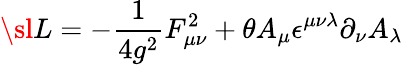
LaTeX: {\sl L}=-\frac{1}{4g^{2}}F_{\mu\nu}^{2}+\theta A_{\mu}\epsilon^{\mu\nu\lambda}\partial_{\nu}A_{\lambda}